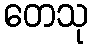
တေသု